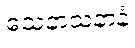
သေနာသနာနံ